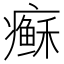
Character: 𱱩